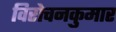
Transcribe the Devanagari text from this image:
विरोचनकुमार